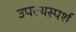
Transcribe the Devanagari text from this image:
उपस्थस्पर्श